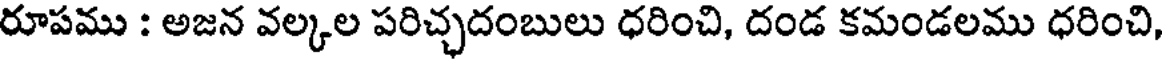
రూపము : అజన వల్కల పరిచ్చదంబులు ధరించి, దండ కమండలము ధరించి,